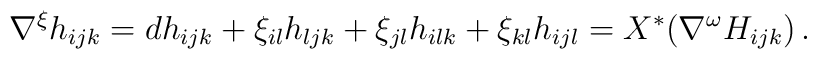
\nabla^{\xi}h_{ijk} = dh_{ijk} + \xi_{il}h_{ljk}    + \xi_{jl}h_{ilk} + \xi_{kl}h_{ijl}     = X^{*}(\nabla^{\omega}H_{ijk})\,.